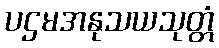
ပဌမအနုသယသုတ္တံ